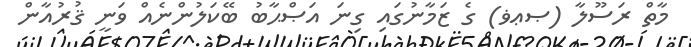
މާތް ރަސޫލާ (ޞޢޥ) ގެ ޒަމާނުގައި ގިނަ އަޞްޙާބު ބޭކަލުންނެއް ވަނީ ޤުރުއާން